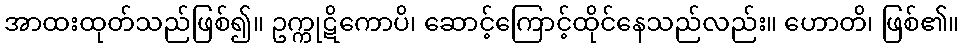
အာထးထုတ်သည်ဖြစ်၍။ ဥက္ကုဋိကောပိ၊ ဆောင့်ကြောင့်ထိုင်နေသည်လည်း။ ဟောတိ၊ ဖြစ်၏။